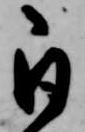
自